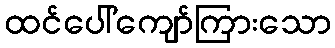
ထင်ပေါ်ကျော်ကြားသော